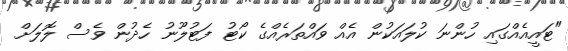
"ޓައީއެއްގައި ހުންނަ ކުލައަކުން އެއް ވައްތަރެއްގެ ކޯޓު ފަޓުލޫނު ހެދުން ވެސް ލޮލަށް